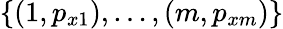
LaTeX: \{ (1,p_{x1}),\dots,(m,p_{xm})\}